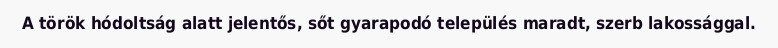
A török hódoltság alatt jelentős, sőt gyarapodó település maradt, szerb lakossággal.